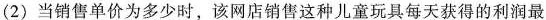
(2)当销售单价为多少时，该网店销售这种儿童玩具每天获得的利润最